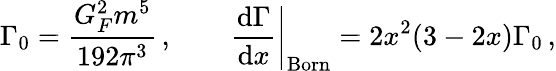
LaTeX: \Gamma_{0}=\frac{G_{F}^{2}m^{5}}{192\pi^{3}}\, ,\qquad\left.\frac{\mathrm{d}\Gamma}{\mathrm{d}x}\right|_{\mathrm{Born}}=2x^{2}(3-2x)\Gamma_{0}\, ,